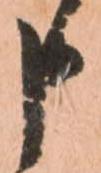
申